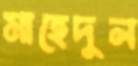
মাহেদুল